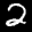
Label: 2